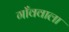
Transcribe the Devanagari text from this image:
गाँववाला